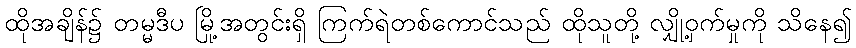
ထိုအချိန်၌ တမ္မဒီပ မြို့အတွင်းရှိ ကြက်ရဲတစ်ကောင်သည် ထိုသူတို့ လျှို့ဝှက်မှုကို သိနေ၍